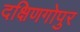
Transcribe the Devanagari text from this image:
दक्षिणगोपुर